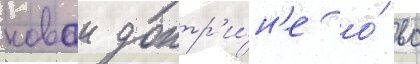
новои доктр'и́н'е о́ вс